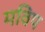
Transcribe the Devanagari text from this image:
मविप